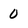
Character: 0